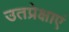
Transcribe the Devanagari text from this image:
उतप्रेक्षाएं